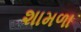
શામળા